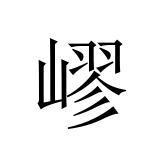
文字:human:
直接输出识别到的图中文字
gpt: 嵺